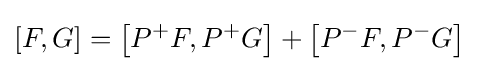
[F,G]=\left[P^{+}F,P^{+}G\right]+\left[P^{-}F,P^{-}G\right]